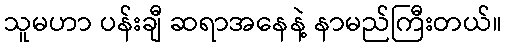
သူမဟာ ပန်းချီ ဆရာအနေနဲ့ နာမည်ကြီးတယ်။